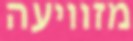
מזוויעה